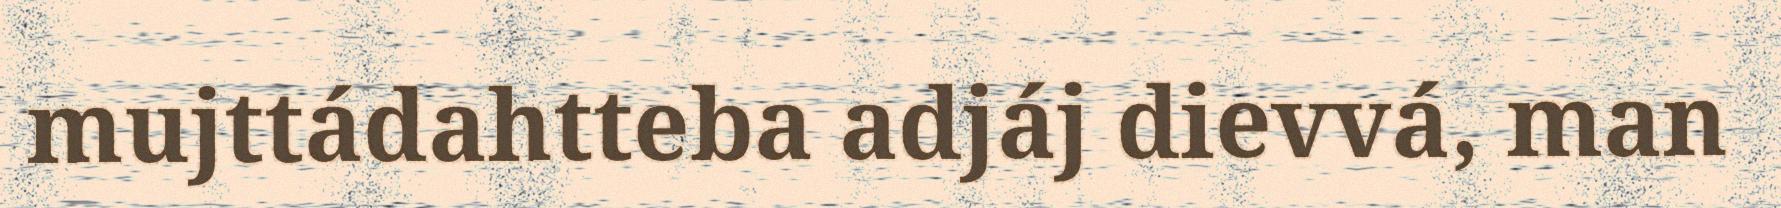
mujttádahtteba adjáj dievvá, man